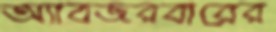
অ্যাবজরবারের